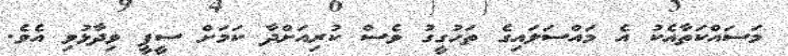
މަސައްކަތާއެކު އެ މައްސަލައިގެ ތަހުގީގު ވެސް ކުރިއަށްދާ ކަމަށް ސީޕީ ވިދާޅުވި އެވެ.